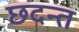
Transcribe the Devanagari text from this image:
छदन्त